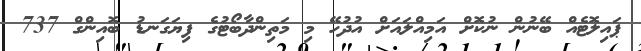
ޕައިލޮޓެއް ބޭނުން ނުކޮށް އަމިއްލައަށް އުދުހޭ މި މަތިންދާބޯޓުގެ ފިޔަގަނޑު ބޮއިންގް 737